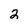
Character: 2